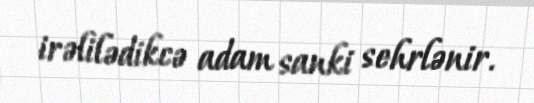
irəlilədikcə adam sanki sehrlənir.